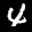
Label: 4